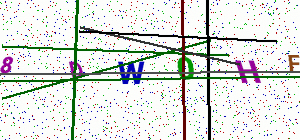
Text: 8DW0HF